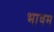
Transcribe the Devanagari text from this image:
भाषम